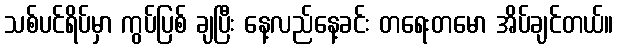
သစ်ပင်ရိပ်မှာ ကွပ်ပြစ် ချပြီး နေ့လည်နေ့ခင်း တရေးတမော အိပ်ချင်တယ်။